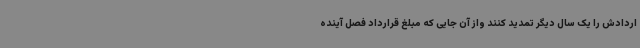
اردادش را یک سال دیگر تمدید کنند واز آن جایی که مبلغ قرارداد فصل آینده